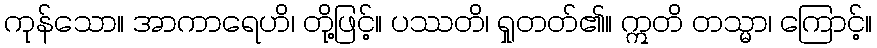
ကုန်သော။ အာကာရေဟိ၊ တို့ဖြင့်။ ပဿတိ၊ ရှုတတ်၏။ ဣတိ တသ္မာ၊ ကြောင့်။